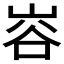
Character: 𭖦